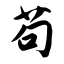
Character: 苟